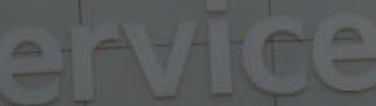
ervice